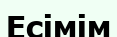
Есімім